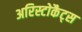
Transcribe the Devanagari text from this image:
अरिस्टोकैट्स